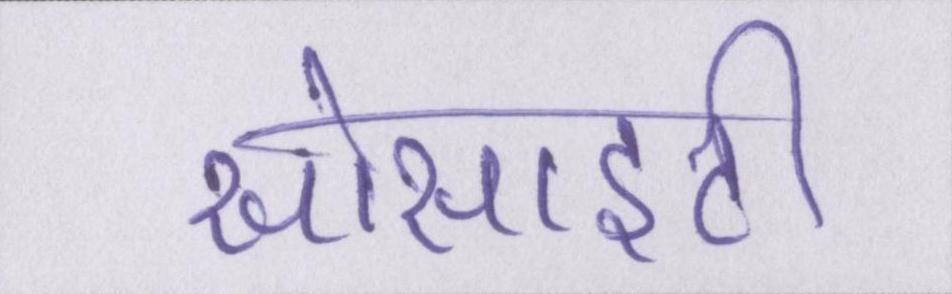
सोसाइटी